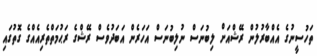
ތަހުސީނުގެ އެއްބާރުލުން ރޭޝްއަށް ލިބުނަސް ނުލިބުނަސް އަހަރެން އަބަދުވެސް ރޭޝްގެ ރަޙުމަތްތެރިއެއްގެ ގޮތުގައި